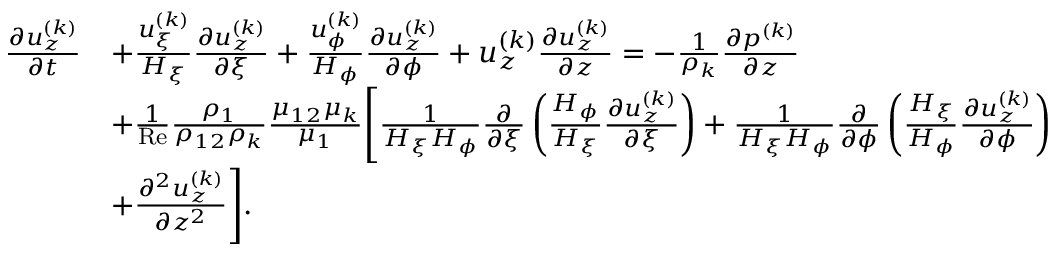
\begin{array} { r } { \begin{array} { r l } { \frac { \partial u _ { z } ^ { ( k ) } } { \partial t } } & { + \frac { u _ { \xi } ^ { ( k ) } } { H _ { \xi } } \frac { \partial u _ { z } ^ { ( k ) } } { \partial \xi } + \frac { u _ { \phi } ^ { ( k ) } } { H _ { \phi } } \frac { \partial u _ { z } ^ { ( k ) } } { \partial \phi } + u _ { z } ^ { ( k ) } \frac { \partial u _ { z } ^ { ( k ) } } { \partial z } = - \frac { 1 } { \rho _ { k } } \frac { \partial p ^ { ( k ) } } { \partial z } } \\ & { + \frac { 1 } { \mathrm { R e } } \frac { \rho _ { 1 } } { \rho _ { 1 2 } \rho _ { k } } \frac { \mu _ { 1 2 } \mu _ { k } } { \mu _ { 1 } } \Biggl [ \frac { 1 } { H _ { \xi } H _ { \phi } } \frac { \partial } { \partial \xi } \left( \frac { H _ { \phi } } { H _ { \xi } } \frac { \partial u _ { z } ^ { ( k ) } } { \partial \xi } \right) + \frac { 1 } { H _ { \xi } H _ { \phi } } \frac { \partial } { \partial \phi } \left( \frac { H _ { \xi } } { H _ { \phi } } \frac { \partial u _ { z } ^ { ( k ) } } { \partial \phi } \right) } \\ & { + \frac { \partial ^ { 2 } u _ { z } ^ { ( k ) } } { \partial z ^ { 2 } } \Biggr ] . } \end{array} } \end{array}